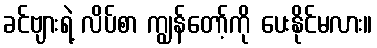
ခင်ဗျားရဲ့ လိပ်စာ ကျွန်တော့်ကို ပေးနိုင်မလား။